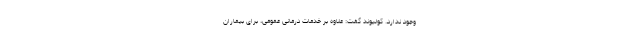
وجود ندارد. کولیوند گفت: علاوه بر خدمات درمانی عمومی، برای بیماران